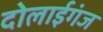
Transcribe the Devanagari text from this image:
दोलाईगंज